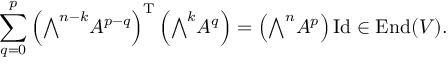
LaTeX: \sum _ { q = 0 } ^ { p } \left( { \textstyle \bigwedge } ^ { n - k } A ^ { p - q } \right) ^ { \mathrm { T } } \left( { \textstyle \bigwedge } ^ { k } A ^ { q } \right) = \left( { \textstyle \bigwedge } ^ { n } A ^ { p } \right) \operatorname { I d } \in \operatorname { E n d } ( V ) .